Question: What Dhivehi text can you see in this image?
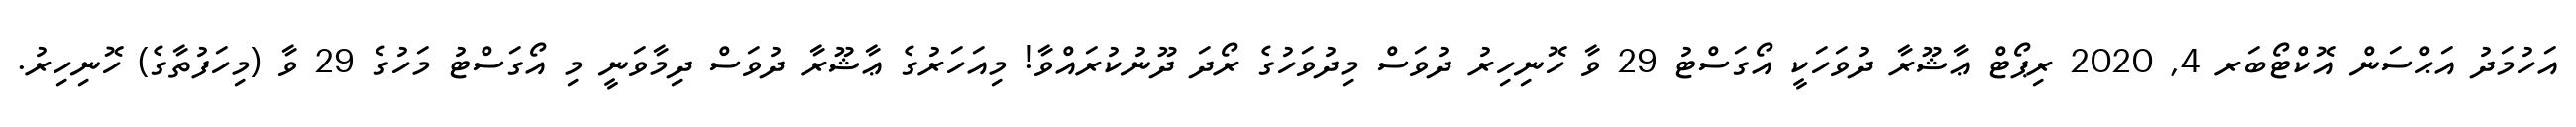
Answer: އަހުމަދު އަޙްސަން އޮކްޓޯބަރ 4, 2020 ރިޕޯޓް ޢާޝޫރާ ދުވަހަކީ އޯގަސްޓު 29 ވާ ހޮނިހިރު ދުވަސް މިދުވަހުގެ ރޯދަ ދޫނުކުރައްވާ! މިއަހަރުގެ ޢާޝޫރާ ދުވަސް ދިމާވަނީ މި އޯގަސްޓު މަހުގެ 29 ވާ (މިހަފުތާގެ) ހޮނިހިރު.